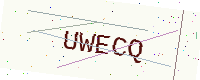
Text: UWECQ